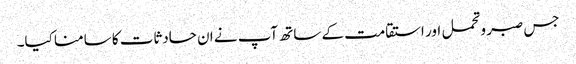
جس صبر وتحمل اور استقامت کے ساتھ آپ نے ان حادثات کا سامنا کیا۔